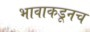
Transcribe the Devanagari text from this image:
भावाकडूनच